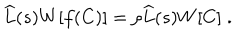
\widehat { L } ( s ) W [ f ( C ) ] = \rho \widehat { L } ( s ) W [ C ] \; .